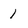
Character: 1